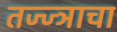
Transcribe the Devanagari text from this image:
तज्ज्ञाचा